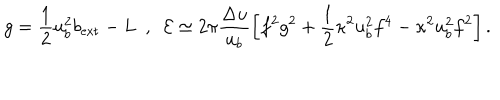
LaTeX: g = \frac { 1 } { 2 } u _ { b } ^ { 2 } b _ { \mathrm { e x t } } - L \ \ , \ \ { \cal E } \simeq 2 \pi \frac { \Delta u } { u _ { b } } \left[ f ^ { 2 } g ^ { 2 } + \frac { 1 } { 2 } \kappa ^ { 2 } u _ { b } ^ { 2 } f ^ { 4 } - \kappa ^ { 2 } u _ { b } ^ { 2 } f ^ { 2 } \right] .